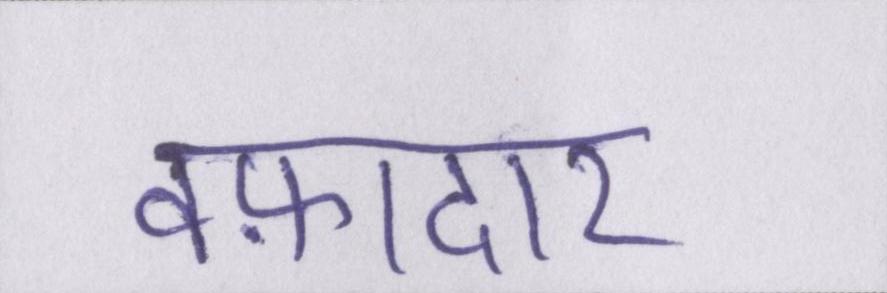
वफ़ादार